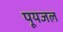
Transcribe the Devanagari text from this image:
पूयजल